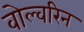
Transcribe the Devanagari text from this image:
वोल्वरिन